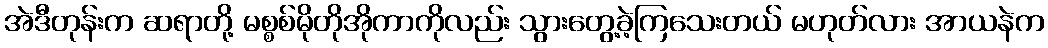
အဲဒီတုန်းက ဆရာတို့ မစ္စစ်မိုတိုအိုကာကိုလည်း သွားတွေ့ခဲ့ကြသေးတယ် မဟုတ်လား အာယနဲက